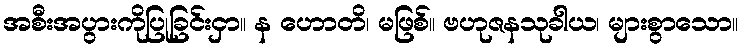
အစီးအပွားကိုပြုခြင်းငှာ။ န ဟောတိ၊ မဖြစ်။ ဗဟုဇနသုခါယ၊ များစွာသော။